Leaving Certificate Examination, 1911
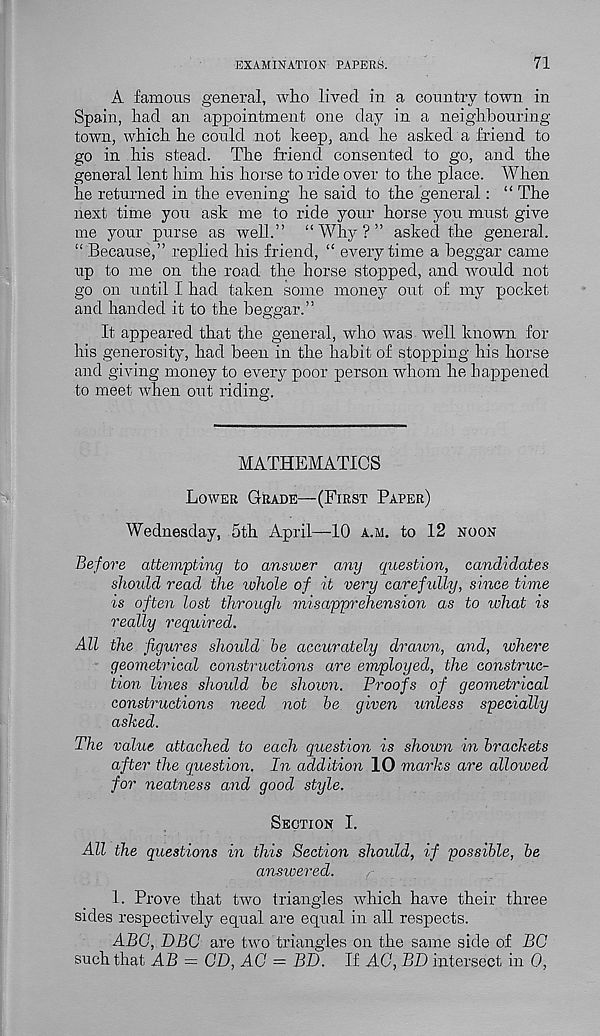
EXAMINATION PAPERS.
71
A famous general, wh.0 lived in a country town in
Spain, had an appointment one day in a neighbouring
town, which he could not keep, and he asked a friend to
go in his stead. The friend consented to go, and the
general lent him his horse to ride over to the place. When
he returned in the evening he said to the general: “ The
next time you ask me to ride your horse you must give
me your purse as well.” “Why?” asked the general.
“ Because,” replied his friend, “ every time a beggar came
up to me on the road the horse stopped, and would not
go on until I had taken some money out of my pocket
and handed it to the beggar.”
It appeared that the general, who Avas well known for
his generosity, had been in the habit of stopping his horse
and giving money to every poor person whom he happened
to meet when out riding.
MATHEMATICS
Lower Grade—(First Paper)
Wednesday, 5th April—10 a.m. to 12 noon
Before attempting to answer any question, candidates
should read the whole of it very carefully, since time
is often lost through misapprehension as to what is
really required.
All the figures should he accurately drawn, and, where
geometrical constructions are employed, the construc-
tion lines should he shown. Proofs of geometrical
constructions need not be given unless specially
ashed.
The value attached to each question is shown in brackets
after the question. In addition 10 marks are allowed
for neatness and good style.
Section I.
All the questions in this Section should, if possible, be
answered.
1. Prove that two triangles which have their three
sides respectively equal are equal in all respects.
ABO, DBC are two triangles on the same side of BC
such that AB = CD, AO = BD. If AG, BD intersect in 0,